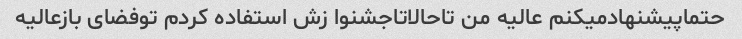
حتماپیشنهادمیکنم عالیه من تاحالاتاجشنوا زش استفاده کردم توفضای بازعالیه